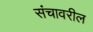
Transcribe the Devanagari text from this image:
संचावरील